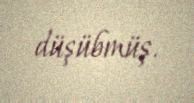
düşübmüş.